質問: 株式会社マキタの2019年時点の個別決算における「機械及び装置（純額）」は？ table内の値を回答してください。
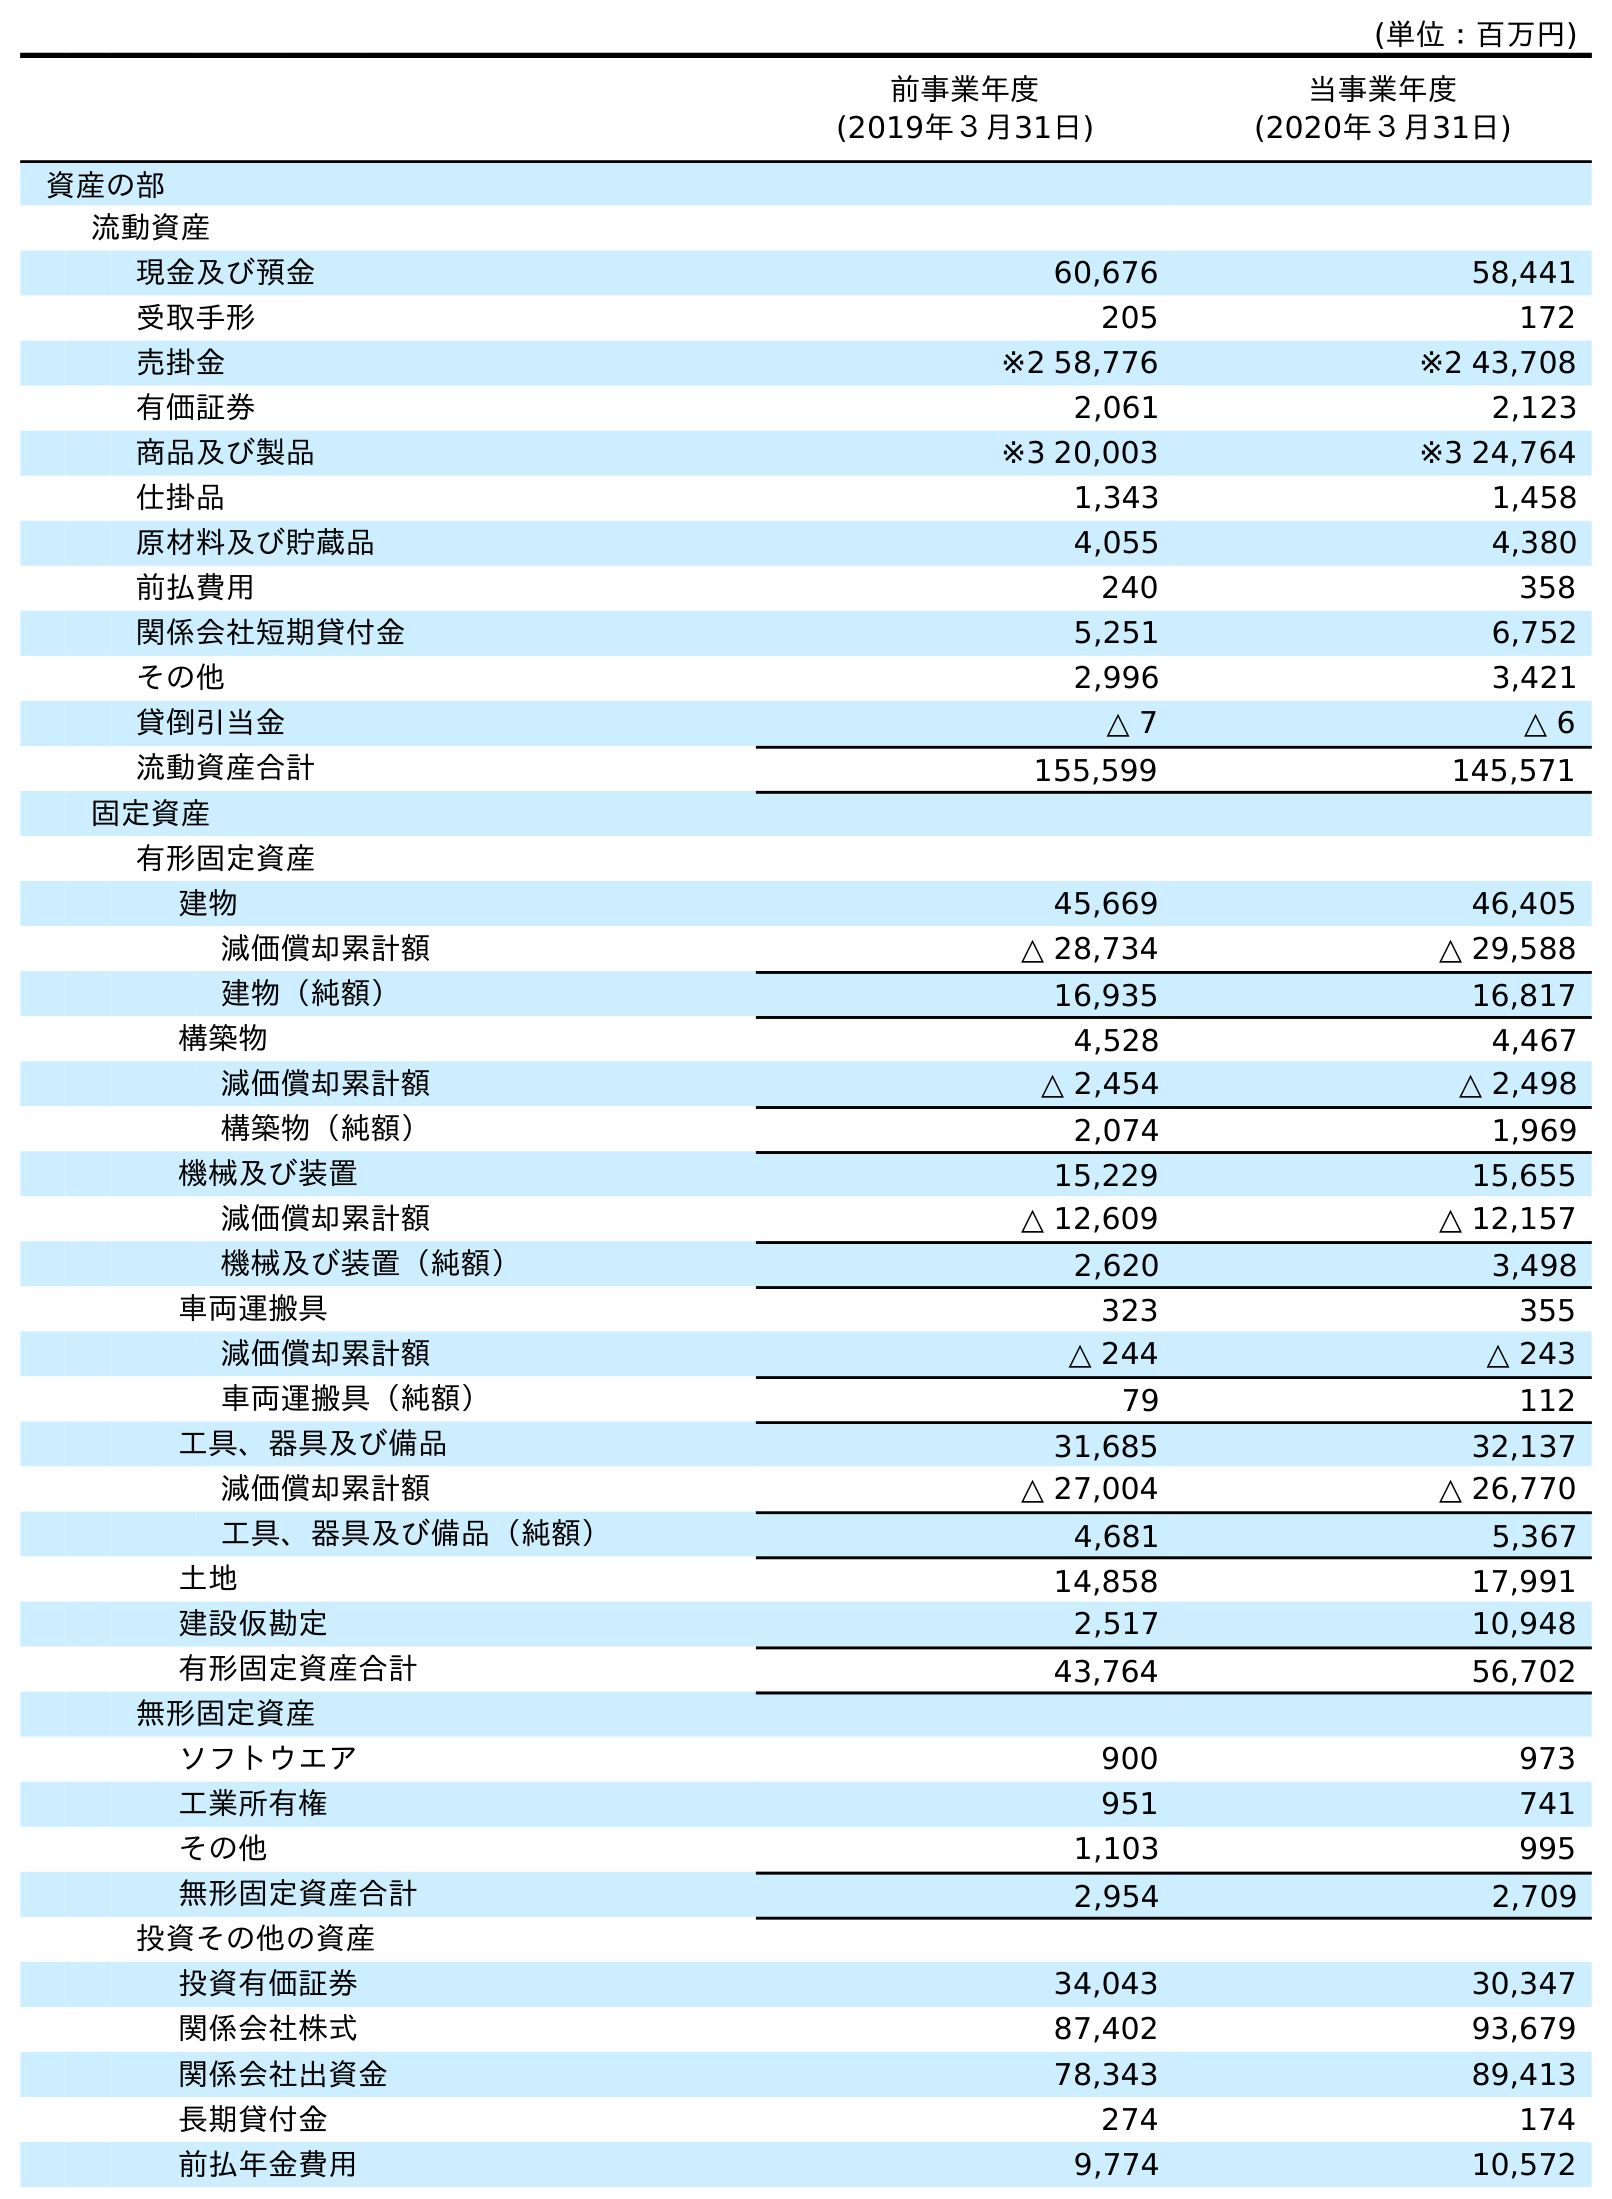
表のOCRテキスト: (単位：百万円) 前事業年度 (2019年３月31日) 当事業年度 (2020年３月31日) 資産の部 流動資産 現金及び預金 60,676 58,441 受取手形 205 172 売掛金 ※2 58,776 ※2 43,708 有価証券 2,061 2,123 商品及び製品 ※3 20,003 ※3 24,764 仕掛品 1,343 1,458 原材料及び貯蔵品 4,055 4,380 前払費用 240 358 関係会社短期貸付金 5,251 6,752 その他 2,996 3,421 貸倒引当金 △ 7 △ 6 流動資産合計 155,599 145,571 固定資産 有形固定資産 建物 45,669 46,405 減価償却累計額 △ 28,734 △ 29,588 建物（純額） 16,935 16,817 構築物 4,528 4,467 減価償却累計額 △ 2,454 △ 2,498 構築物（純額） 2,074 1,969 機械及び装置 15,229 15,655 減価償却累計額 △ 12,609 △ 12,157 機械及び装置（純額） 2,620 3,498 車両運搬具 323 355 減価償却累計額 △ 244 △ 243 車両運搬具（純額） 79 112 工具、器具及び備品 31,685 32,137 減価償却累計額 △ 27,004 △ 26,770 工具、器具及び備品（純額） 4,681 5,367 土地 14,858 17,991 建設仮勘定 2,517 10,948 有形固定資産合計 43,764 56,702 無形固定資産 ソフトウエア 900 973 工業所有権 951 741 その他 1,103 995 無形固定資産合計 2,954 2,709 投資その他の資産 投資有価証券 34,043 30,347 関係会社株式 87,402 93,679 関係会社出資金 78,343 89,413 長期貸付金 274 174 前払年金費用 9,774 10,572
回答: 2,620